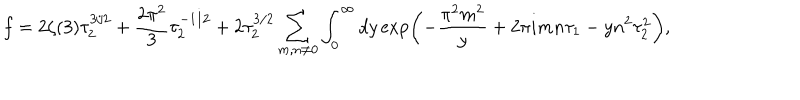
f = 2 \zeta ( 3 ) \tau _ { 2 } ^ { 3 / 2 } + { \frac { 2 \pi ^ { 2 } } { 3 } } \tau _ { 2 } ^ { - 1 / 2 } + 2 \tau _ { 2 } ^ { 3 / 2 } \sum _ { m , n \neq 0 } \int _ { 0 } ^ { \infty } d y \exp \left( - { \frac { \pi ^ { 2 } m ^ { 2 } } { y } } + 2 \pi i m n \tau _ { 1 } - y n ^ { 2 } \tau _ { 2 } ^ { 2 } \right) ,